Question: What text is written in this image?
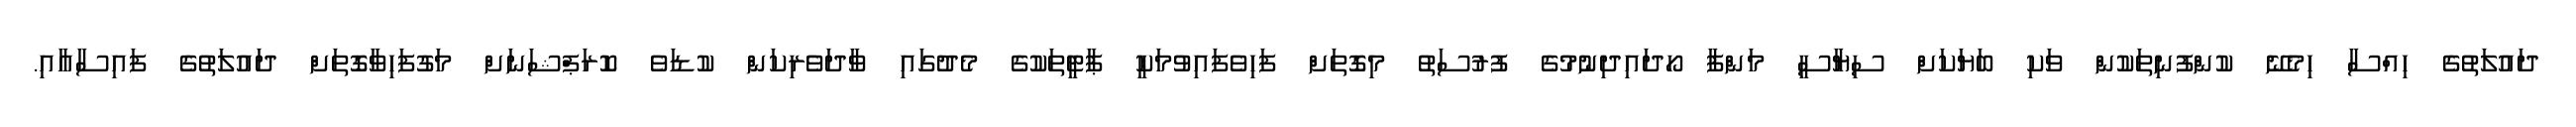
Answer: ދައުލަތުގެ ހިއްސާ ހިމެނޭ ކުންފުނިތަކުން ވަކި ބަޔަކަށް ސިޔާސީ މަންފާ ހޯދައިދިނުމުގެ ފުރުސަތު މިގޮތަށް ފަހިވެފައިވުމަކީ ޕާޓީތަކުގެ މެދުގައި ވާދަވެރިކަން ކުޑަވެ ކޮރަޕްޝަނަށް މަގުފަހިވާގޮތަށް ދައުލަތުގެ ފައިސާއާއި.